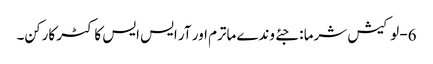
6- لوکیش شرما : جئے وندے ماترم اور آر ایس ایس کا کٹر کارکن۔